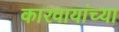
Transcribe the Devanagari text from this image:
कारवायांच्या